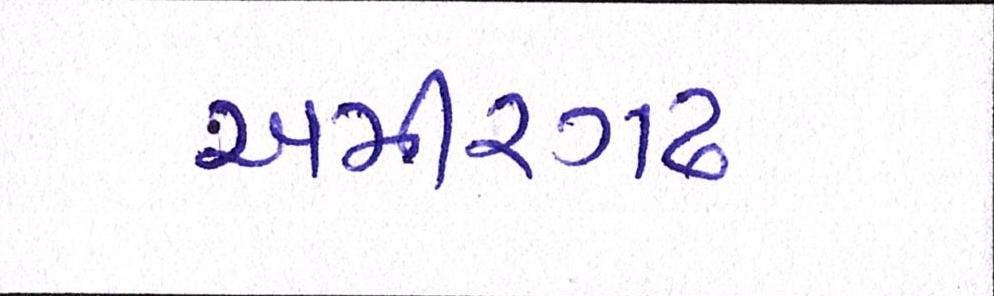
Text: અમીરગઢ